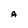
Character: A